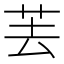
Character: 䒧